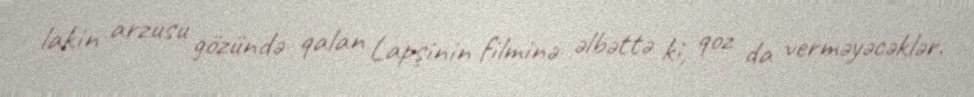
lakin arzusu gözündə qalan Lapşinin filminə əlbəttə ki, qoz da verməyəcəklər.